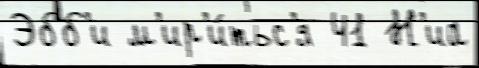
Эбб'и м'ир'и́тьс'я 41 Н'иа